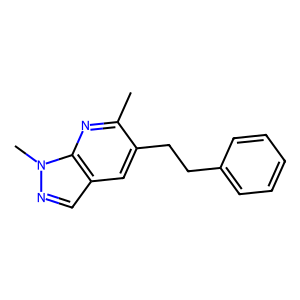
SMILES: Cc1nc2c(cnn2C)cc1CCc1ccccc1
Inhibits HIV replication: No